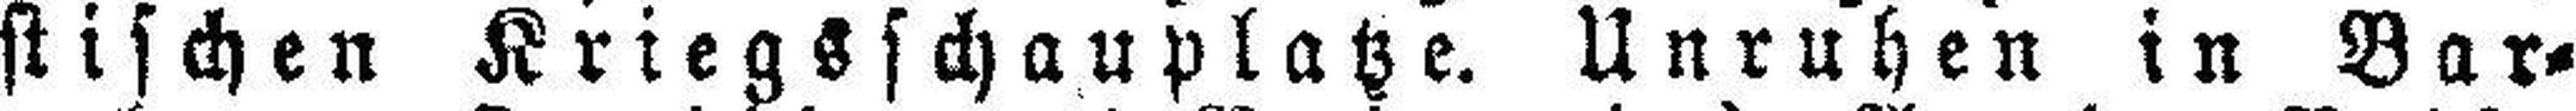
stischen Kriegsschauplatze. Unruhen in Bar¬